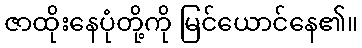
ဇာထိုးနေပုံတို့ကို မြင်ယောင်နေ၏။